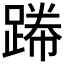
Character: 𲃸